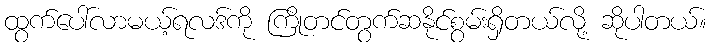
ထွက်ပေါ်လာမယ့်ရလဒ်ကို ကြိုတင်တွက်ဆနိုင်စွမ်းရှိတယ်လို့ ဆိုပါတယ်။